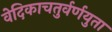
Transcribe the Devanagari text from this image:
वेदिकाचतुर्वर्णयुता